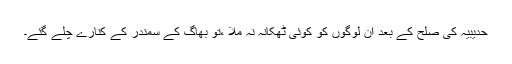
حدیبیہ کی صلح کے بعد ان لوگوں کو کوئی ٹھکانہ نہ ملا ،تو بھاگ کے سمندر کے کنارے چلے گئے۔